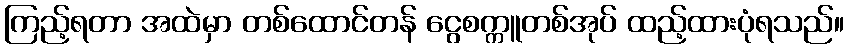
ကြည့်ရတာ အထဲမှာ တစ်ထောင်တန် ငွေစက္ကူတစ်အုပ် ထည့်ထားပုံရသည်။